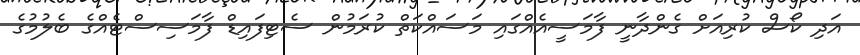
އަދި ކޯސް ކުރިއަށް ގެންދާނީ ފާމަސީއެއްގައި މަސައްކަތް ކުރަމުން ސެޓިފައިޑް ފާމަސިސްޓެއްގެ ބެލުމުގެ